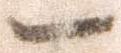
一